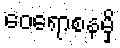
ဝေရောစနမှိ